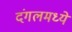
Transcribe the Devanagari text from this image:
दंगलमध्ये